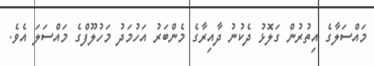
މައްސަލާގެ އިތުރުން ގަލޮޅު ދެކުނު ދާއިރާގެ މެންބަރު އަހުމަދު މަހުލޫފްގެ މައްސަލަ އެވެ.